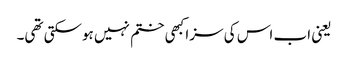
یعنی اب اس کی سزا کبھی ختم نہیں ہوسکتی تھی۔